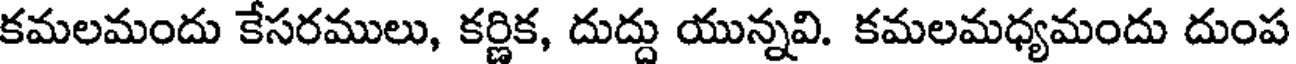
కమలమందు కేసరములు, కర్ణిక, దుద్దు యున్నవి. కమలమధ్యమందు దుంప